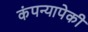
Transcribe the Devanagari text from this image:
कंपन्यापेकी